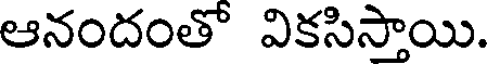
ఆనందంతో వికసిస్తాయి.